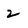
Character: 2